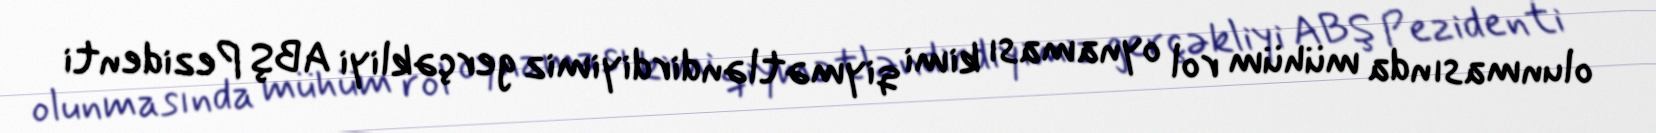
olunmasında mühüm rol oynaması kimi qiymətləndirdiyimiz gerçəkliyi ABŞ Pezidenti